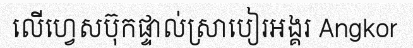
លើហ្វេសប៊ុកផ្ទាល់ស្រាបៀរអង្គរ Angkor